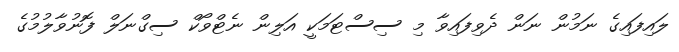
ލައިފައިގެ ނަމުން ނަން ދެވިފައިވާ މި ސިސްޓަމަކީ އަލިން ނެޓްވޯކް ސިގްނަލް ފޮނުވާލުމުގެ